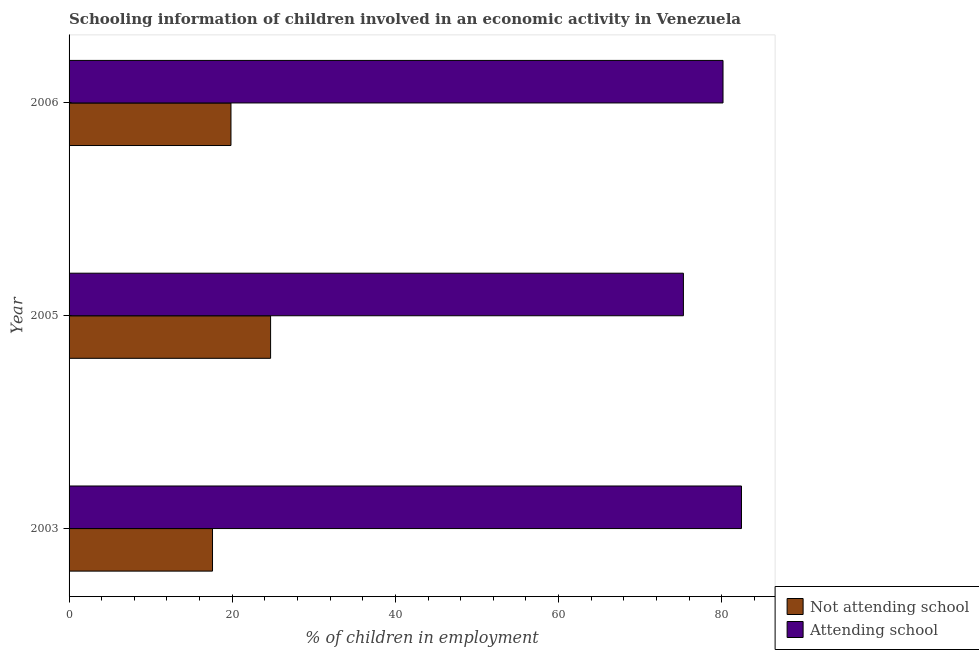
| Year | Not attending school | Attending school |
 | --- | --- | --- |
 | 2003 | 17.6 | 82.4 |
 | 2005 | 24.7 | 75.3 |
 | 2006 | 19.8 | 80.2 |